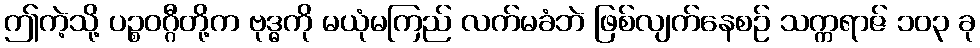
ဤကဲ့သို့ ပဉ္စဝဂ္ဂီတို့က ဗုဒ္ဓကို မယုံမကြည် လက်မခံဘဲ ဖြစ်လျက်နေစဉ် သက္ကရာဇ် ၁၀၃ ခု